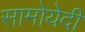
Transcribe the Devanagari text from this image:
सामोयेदी